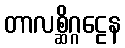
တာလစ္ဆိဂ္ဂဠေန